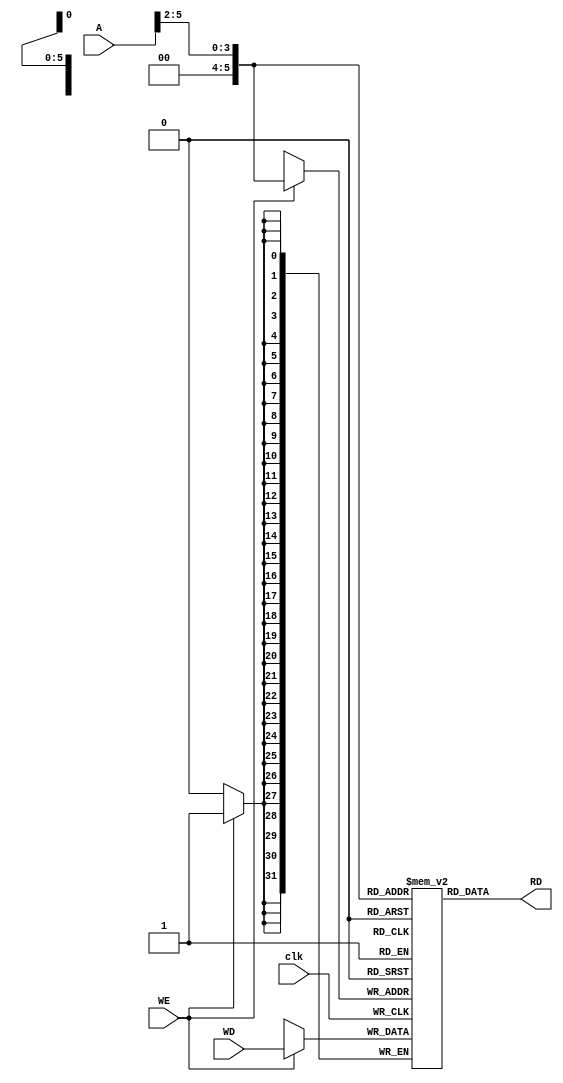
`timescale 1ns / 1ps
//////////////////////////////////////////////////////////////////////////////////
// Company: 
// Engineer: 
// 
// Design Name: 
// Module Name:    Memory 
// Project Name: 
// Target Devices: 
// Tool versions: 
// Description: 
//
// Dependencies: 
//
// Revision: 
// Revision 0.01 - File Created
// Additional Comments: 
//
//////////////////////////////////////////////////////////////////////////////////
module Memory(
	input clk,
	input WE,
	input [5:0]A,
	input [31:0]WD,
	output [31:0]RD
    );
	reg [31:0]Mem[0:63];
	assign RD=Mem[(A>>2)];
	always@(posedge clk)
		if(WE)
			Mem[(A>>2)]=WD;
	
	initial
	begin
	/*
	add $5,$1,$4 
	sw $5,4($1)
	lw $6,4($1)
	beq $5,$6,label
	add $1,$1,$1
	label: nop
	*/
		Mem[0]=32'h00242820;
		Mem[1]=32'hac250004;
		Mem[2]=32'h8c260004;
		Mem[3]=32'h10a60001;
		Mem[4]=32'h00210820;
		Mem[5]=32'h00000000;
	end

endmodule